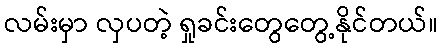
လမ်းမှာ လှပတဲ့ ရှုခင်းတွေတွေ့နိုင်တယ်။